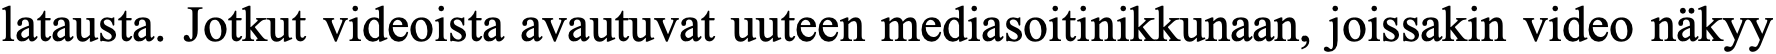
latausta. Jotkut videoista avautuvat uuteen mediasoitinikkunaan, joissakin video näkyy